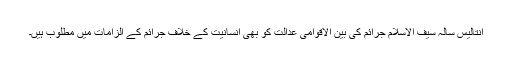
انتالیس سالہ سیف الاسلام جرائم کی بین الاقوامی عدالت کو بھی انسانیت کے خلاف جرائم کے الزامات میں مطلوب ہیں۔